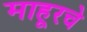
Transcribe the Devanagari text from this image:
माहूरचे